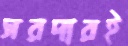
সরদারই